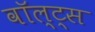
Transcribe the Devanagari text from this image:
वॉल्ट्स